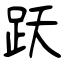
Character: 跃